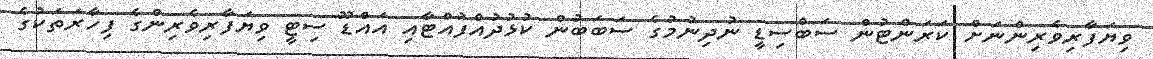
ވިޔަފާރިވެރިންނަށް ކަރަންޓުން ސަބްސިޑީ ނުދިނުމުގެ ސަބަބުން ކުޅުދުއްފުއްޓާއި އައްޑޫ ސިޓީ ވިޔަފާރިވެރިންގެ ފިހާރަތަކުގެ